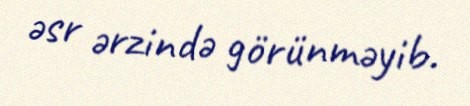
əsr ərzində görünməyib.